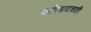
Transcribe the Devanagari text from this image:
महोत्सवाचाही